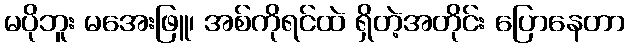
မပိုဘူး မအေးဖြူ၊ အစ်ကိုရင်ထဲ ရှိတဲ့အတိုင်း ပြောနေတာ